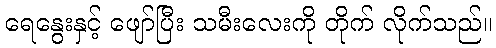
ရေနွေးနှင့် ဖျော်ပြီး သမီးလေးကို တိုက် လိုက်သည်။